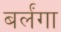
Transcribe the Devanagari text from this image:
बर्लंगा